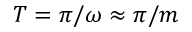
T = \pi / \omega \approx \pi / m